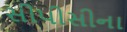
સીપીસીના